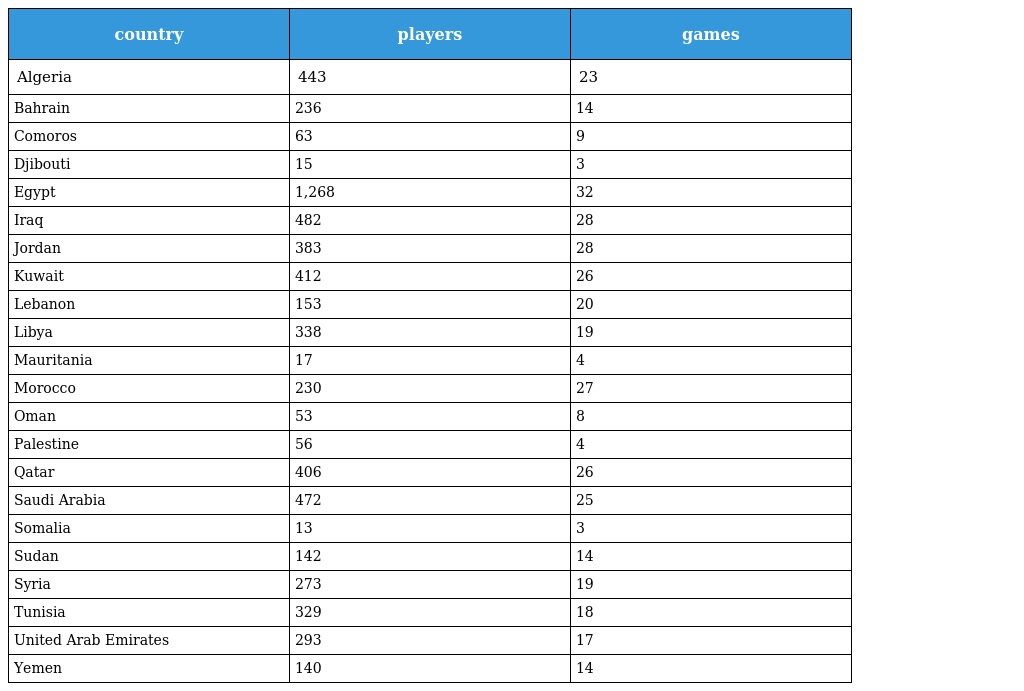
| country | players | games |
 | --- | --- | --- |
 | Algeria | 443 | 23 |
 | Bahrain | 236 | 14 |
 | Comoros | 63 | 9 |
 | Djibouti | 15 | 3 |
 | Egypt | 1,268 | 32 |
 | Iraq | 482 | 28 |
 | Jordan | 383 | 28 |
 | Kuwait | 412 | 26 |
 | Lebanon | 153 | 20 |
 | Libya | 338 | 19 |
 | Mauritania | 17 | 4 |
 | Morocco | 230 | 27 |
 | Oman | 53 | 8 |
 | Palestine | 56 | 4 |
 | Qatar | 406 | 26 |
 | Saudi Arabia | 472 | 25 |
 | Somalia | 13 | 3 |
 | Sudan | 142 | 14 |
 | Syria | 273 | 19 |
 | Tunisia | 329 | 18 |
 | United Arab Emirates | 293 | 17 |
 | Yemen | 140 | 14 |